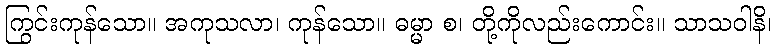
ကြွင်းကုန်သော။ အကုသလာ၊ ကုန်သော။ ဓမ္မာ စ၊ တို့ကိုလည်းကောင်း။ သာသဝါနိ၊